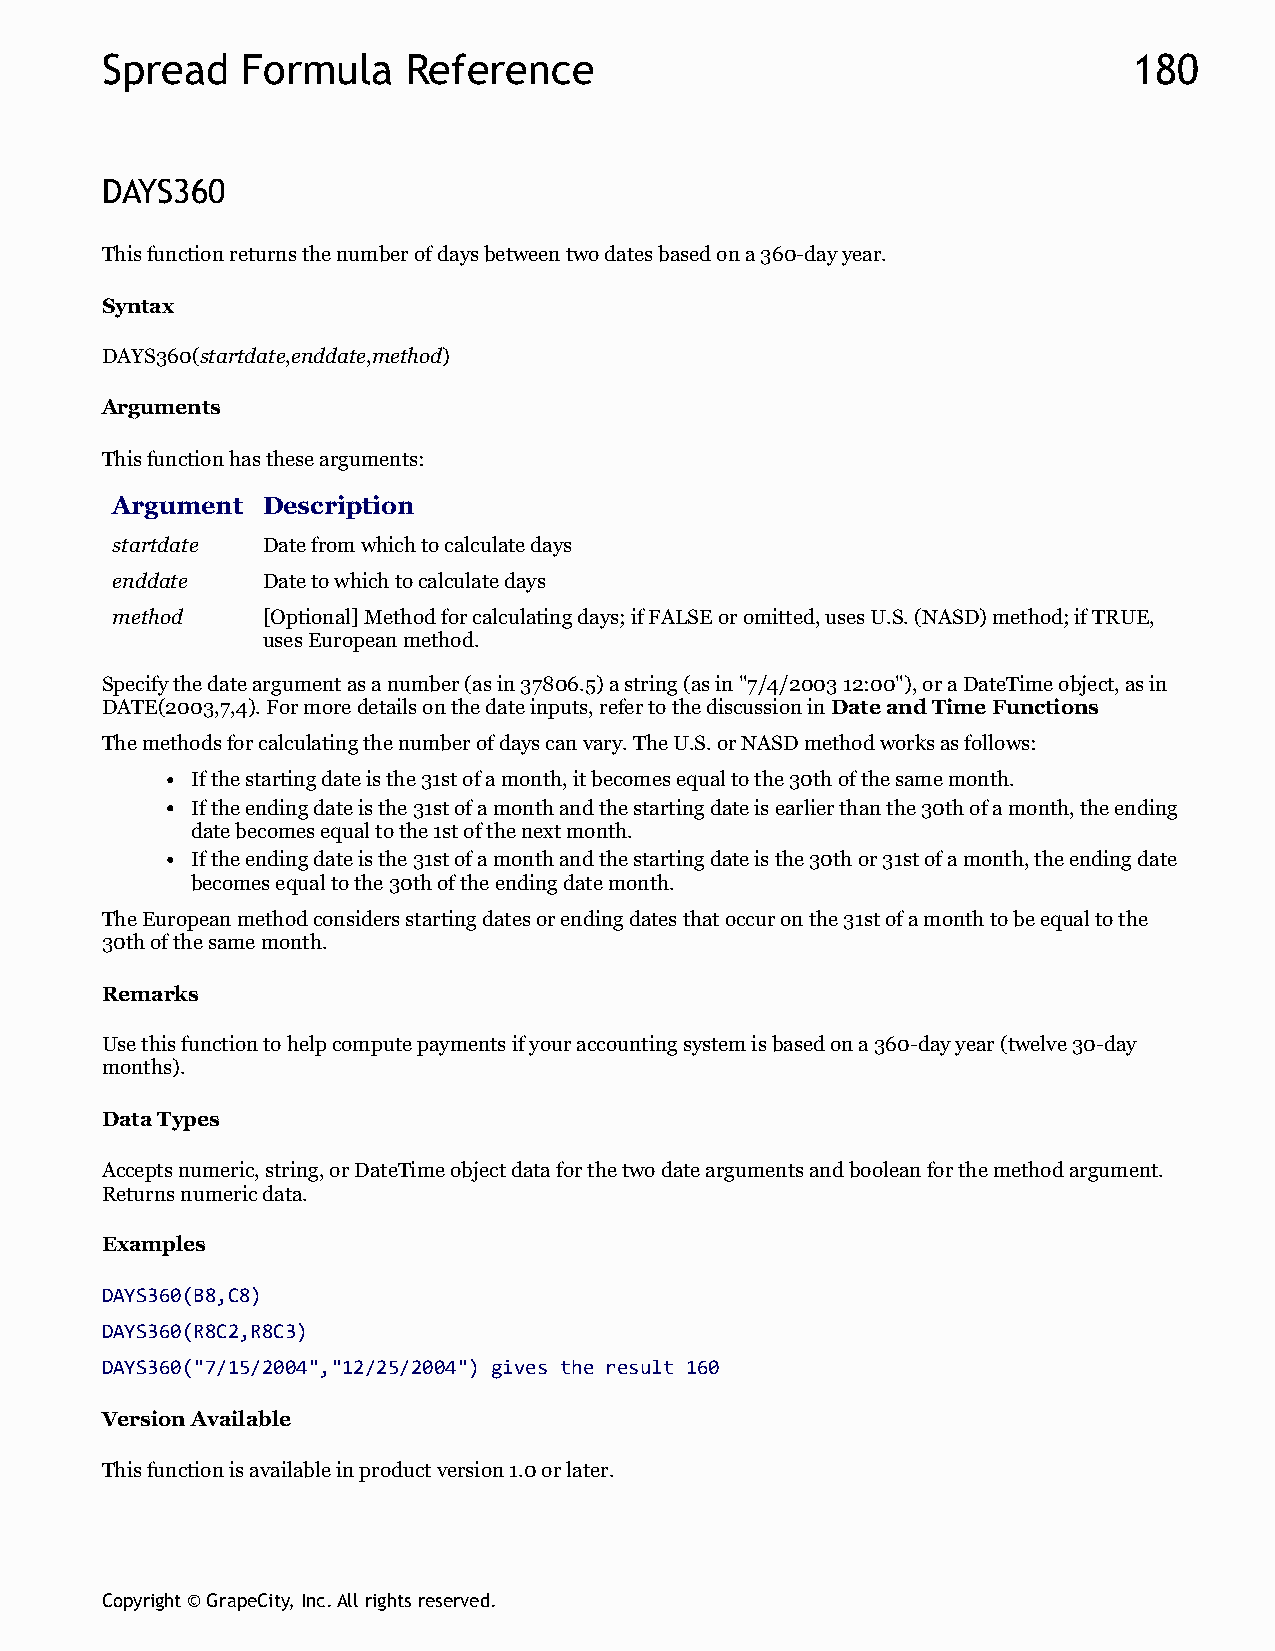
Spread   Formula    Reference                                       180
 DAYS360
 This function returns the number of days between two dates based on a 360-day year.
 Syntax
 DAYS360(startdate,enddate,method)
 Arguments
 This function has these arguments:
 Argument  Description
 startdate Date from which to calculate days
 enddate   Date to which to calculate days
 method    [Optional] Method for calculating days; if FALSE or omitted, uses U.S. (NASD) method; if TRUE,
 uses European method.
 Specify the date argument as a number (as in 37806.5) a string (as in "7/4/2003 12:00"), or a DateTime object, as in
 DATE(2003,7,4). For more details on the date inputs, refer to the discussion in Date and Time Functions
 The methods for calculating the number of days can vary. The U.S. or NASD method works as follows:
 If the starting date is the 31st of a month, it becomes equal to the 30th of the same month.
 If the ending date is the 31st of a month and the starting date is earlier than the 30th of a month, the ending
 date becomes equal to the 1st of the next month.
 If the ending date is the 31st of a month and the starting date is the 30th or 31st of a month, the ending date
 becomes equal to the 30th of the ending date month.
 The European method considers starting dates or ending dates that occur on the 31st of a month to be equal to the
 30th of the same month.
 Remarks
 Use this function to help compute payments if your accounting system is based on a 360-day year (twelve 30-day
 months).
 Data Types
 Accepts numeric, string, or DateTime object data for the two date arguments and boolean for the method argument.
 Returns numeric data.
 Examples
 DAYS360(B8,C8)
 DAYS360(R8C2,R8C3)
 DAYS360("7/15/2004","12/25/2004") gives the result 160
 Version Available
 This function is available in product version 1.0 or later.
 Copyright © GrapeCity, Inc. All rights reserved.